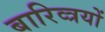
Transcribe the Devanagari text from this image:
बारिव्त्रयों